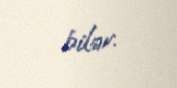
bilər.